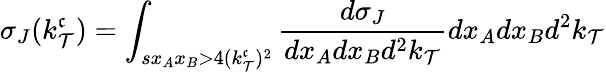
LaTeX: \sigma_{J}(k_{\mathcal{T}}^{\mathfrak{c}})=\int_{sx_{A}x_{B}>4(k_{\mathcal{T}}^{\mathfrak{c}})^{2}}{\frac{{d\sigma_{J}}}{{dx_{A}dx_{B}d^{2}k_{\mathcal{T}}}}}dx_{A}dx_{B}d^{2}k_{\mathcal{T}}